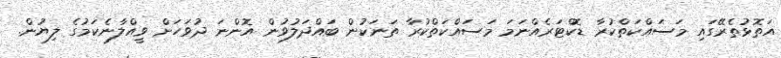
އަތޮޅުތެރޭގައި މަސައްކަތްކުރާ ޑޮކްޓަރެއްނަމަ މަސައްކަތްކުރާ ތަނަކުން ބައްދަލުވުން އޮންނަ ދުވަހަށް ވީއްލާނެކަމުގެ ލިޔުން.